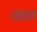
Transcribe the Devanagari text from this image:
पद्मचरण